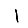
Digit: 1